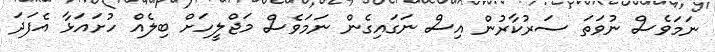
ނަމަވެސް ނުވަތަ ސަރުކާރުން އިސް ނަގައިގެން ނަމަވެސް މަޖްލީހަށް ބިލެއް ހުށައަޅާ އެފަދަ